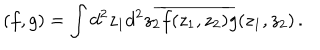
( f , g ) = \int d ^ { 2 } z _ { 1 } d ^ { 2 } z _ { 2 } \overline { { { f ( z _ { 1 } , z _ { 2 } ) } } } g ( z _ { 1 } , z _ { 2 } ) \, .